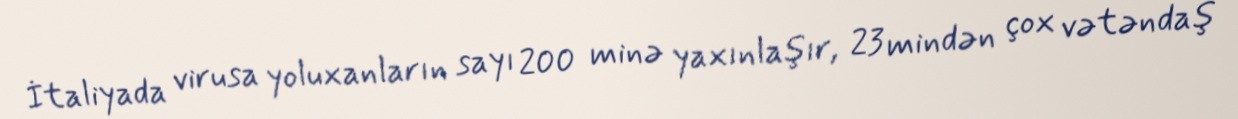
İtaliyada virusa yoluxanların sayı 200 minə yaxınlaşır, 23 mindən çox vətəndaş